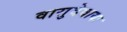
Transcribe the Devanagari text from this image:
वासुदेवायः